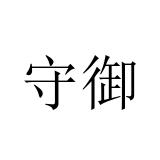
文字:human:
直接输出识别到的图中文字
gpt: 守御